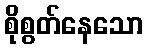
စိုစွတ်နေသော